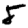
Digit: 8